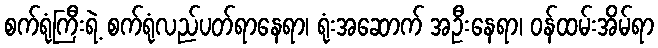
စက်ရုံကြီးရဲ့ စက်ရုံလည်ပတ်ရာနေရာ၊ ရုံးအဆောက် အဦးနေရာ၊ ဝန်ထမ်းအိမ်ရာ